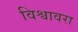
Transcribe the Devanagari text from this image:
विश्वावरा